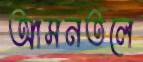
আসনতলে